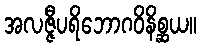
အလဇ္ဇီပရိဘောဂဝိနိစ္ဆယ။